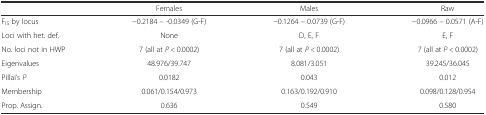
<table><thead><tr><td></td><td><b>Females</b></td><td><b>Males</b></td><td><b>Raw</b></td></tr></thead><tbody><tr><td>F<sub>IS</sub> by locus</td><td>−0.2184 – -0.0349 (G-F)</td><td>−0.1264 – 0.0739 (G-F)</td><td>−0.0966 – 0.0571 (A-F)</td></tr><tr><td>Loci with het. def.</td><td>None</td><td>D, E, F</td><td>E, F</td></tr><tr><td>No. loci not in HWP</td><td>7 (all at <i>P &lt;</i> 0.0002)</td><td>7 (all at <i>P &lt;</i> 0.0002)</td><td>7 (all at <i>P &lt;</i> 0.0002)</td></tr><tr><td>Eigenvalues</td><td>48.976/39.747</td><td>8.081/3.051</td><td>39.245/36.045</td></tr><tr><td>Pillai’s <i>P</i></td><td>0.0182</td><td>0.043</td><td>0.012</td></tr><tr><td>Membership</td><td>0.061/0.154/0.973</td><td>0.163/0.192/0.910</td><td>0.098/0.128/0.954</td></tr><tr><td>Prop. Assign.</td><td>0.636</td><td>0.549</td><td>0.580</td></tr></tbody></table>